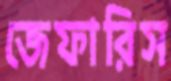
জেফারিস